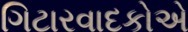
ગિટારવાદકોએ